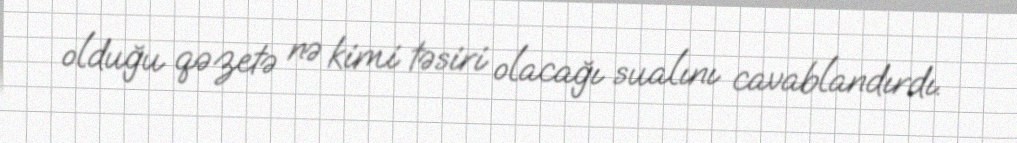
olduğu qəzetə nə kimi təsiri olacağı sualını cavablandırdı.